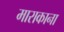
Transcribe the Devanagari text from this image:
माराकाना